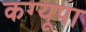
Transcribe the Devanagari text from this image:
कग्‍यूपा